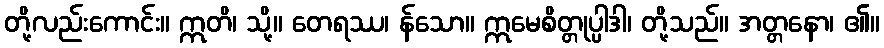
တို့လည်းကောင်း။ ဣတိ၊ သို့။ တေရဿ၊ န်သော။ ဣမေစိတ္တုပ္ပါဒါ၊ တို့သည်။ အတ္တနော၊ ၏။